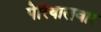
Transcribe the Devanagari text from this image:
पेरियालवार